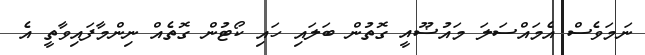
ނަމަވެސް އެމައްސަލަ މައުޟޫއީ ގޮތުން ބަލައި ހައި ކޯޓުން ގޮތެއް ނިންމާފައިވާތީ އެ